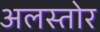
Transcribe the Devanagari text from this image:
अलस्तोर